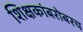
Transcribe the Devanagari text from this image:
शिक्षकांबरोबरच